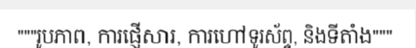
"""រូបភាព, ការផ្ញើសារ, ការហៅទូរស័ព្ទ, និងទីតាំង"""